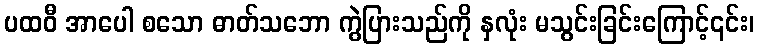
ပထဝီ အာပေါ စသော ဓာတ်သဘော ကွဲပြားသည်ကို နှလုံး မသွင်းခြင်းကြောင့်၎င်း၊